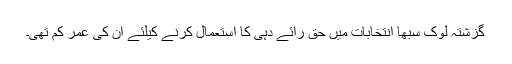
گزشتہ لوک سبھا انتخابات میں حق رائے دہی کا استعمال کرنے کیلئے ان کی عمر کم تھی۔